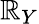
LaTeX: \mathbb{R}_{Y}